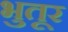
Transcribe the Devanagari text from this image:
भुतूर